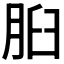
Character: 𦛓